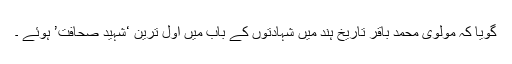
گویا کہ مولوی محمد باقر تاریخِ ہند میں شہادتوں کے باب میں اول ترین ‘شہید ِصحافت’ ہوئے ۔